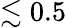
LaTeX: \lesssim 0.5